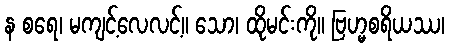
န စရေ၊ မကျင့်လေလင့်။ သော၊ ထိုမင်းကို။ ဗြဟ္မစရိယဿ၊